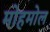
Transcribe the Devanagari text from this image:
मोहमोल